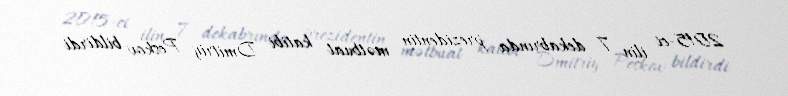
2015-ci ilin 7 dekabrında prezidentin mətbuat katibi Dmitriy Peskov bildirdi